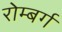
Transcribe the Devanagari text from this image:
रोम्बर्ग